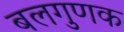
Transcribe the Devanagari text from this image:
बलगुणक